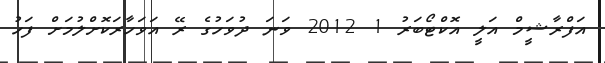
އަފްރާޝީމް އަލީ އޮކްޓޯބަރު 1 2012 ވަނަ ދުވަހުގެ ރޭ އަވަހާރަކޮށްލުމަށް ފަހު